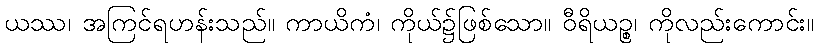
ယဿ၊ အကြင်ရဟန်းသည်။ ကာယိကံ၊ ကိုယ်၌ဖြစ်သော။ ဝီရိယဉ္စ၊ ကိုလည်းကောင်း။